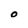
Character: O